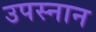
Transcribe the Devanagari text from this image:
उपस्नान